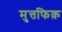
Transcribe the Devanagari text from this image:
मुत्तफिक़